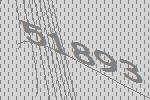
51893